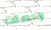
وحصلت